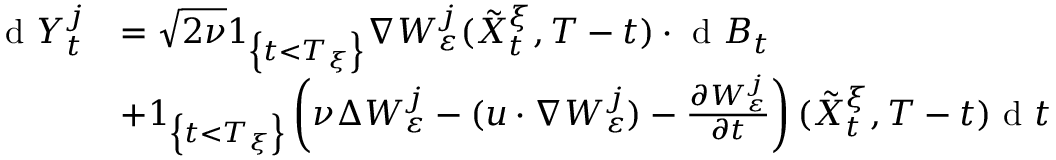
\begin{array} { r l } { \textrm { d } Y _ { t } ^ { j } } & { = \sqrt { 2 \nu } 1 _ { \left\{ t < T _ { \xi } \right\} } \nabla W _ { \varepsilon } ^ { j } ( \tilde { X } _ { t } ^ { \xi } , T - t ) \cdot \textrm { d } B _ { t } } \\ & { + 1 _ { \left\{ t < T _ { \xi } \right\} } \left( \nu \Delta W _ { \varepsilon } ^ { j } - ( u \cdot \nabla W _ { \varepsilon } ^ { j } ) - \frac { \partial W _ { \varepsilon } ^ { j } } { \partial t } \right) ( \tilde { X } _ { t } ^ { \xi } , T - t ) \textrm { d } t } \end{array}